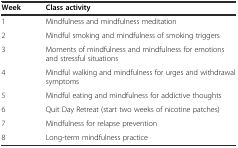
<table><thead><tr><td><b>Week</b></td><td><b>Class activity</b></td></tr></thead><tbody><tr><td>1</td><td>Mindfulness and mindfulness meditation</td></tr><tr><td>2</td><td>Mindful smoking and mindfulness of smoking triggers</td></tr><tr><td>3</td><td>Moments of mindfulness and mindfulness for emotions and stressful situations</td></tr><tr><td>4</td><td>Mindful walking and mindfulness for urges and withdrawal symptoms</td></tr><tr><td>5</td><td>Mindful eating and mindfulness for addictive thoughts</td></tr><tr><td>6</td><td>Quit Day Retreat (start two weeks of nicotine patches)</td></tr><tr><td>7</td><td>Mindfulness for relapse prevention</td></tr><tr><td>8</td><td>Long-term mindfulness practice</td></tr></tbody></table>